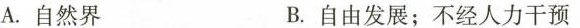
A.自然界 B.自由发展；不经人力干预